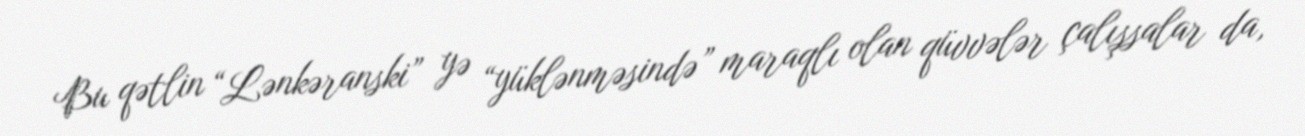
Bu qətlin “Lənkəranski” yə “yüklənməsində” maraqlı olan qüvvələr çalışsalar da,